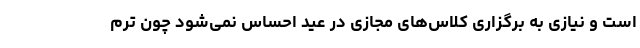
است و نیازی به برگزاری کلاس‌های مجازی در عید احساس نمی‌شود چون ترم